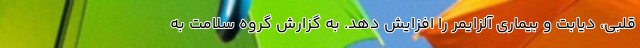
قلبی، دیابت و بیماری آلزایمر را افزایش دهد. به گزارش گروه سلامت به